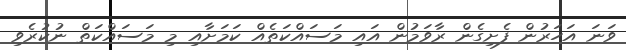
ވަނަ އަހަރުން ފެށިގެން ރާވަމުން އައި މަސައްކަތެއް ކަމަށާއި މި މަސައްކަތް ނުކުރެވި